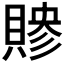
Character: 𬥜